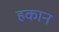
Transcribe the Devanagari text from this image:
हकान